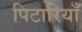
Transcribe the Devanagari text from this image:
पिटारियाँ